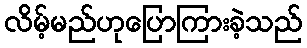
လိမ့်မည်ဟုပြောကြားခဲ့သည်